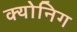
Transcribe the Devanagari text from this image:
क्योनिग